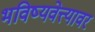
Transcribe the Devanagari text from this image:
भविष्यवेत्त्यावर